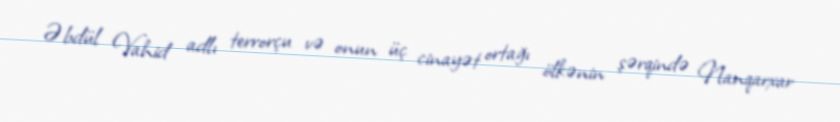
Əbdül Vahid adlı terrorçu və onun üç cinayət ortağı ölkənin şərqində Nanqarxar